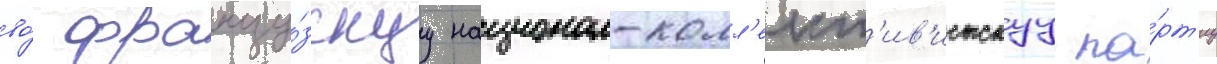
во́ францу́зскуу национал-колл'ект'ив'истскуу па́рт'иу